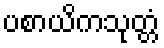
ပစာယိကသုတ္တံ